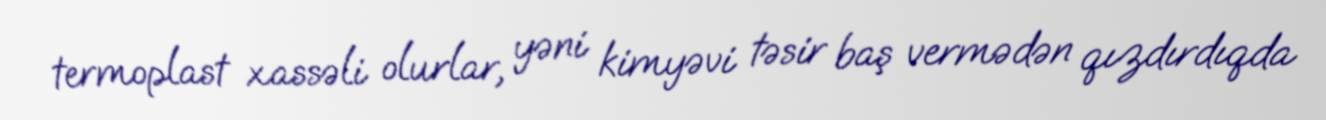
termoplast xassəli olurlar, yəni kimyəvi təsir baş vermədən qızdırdıqda